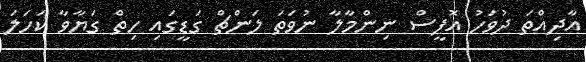
އާދިއްތަ ދުވަހު އޮފީސް ނިންމާލާ ނުވަތަ ލަންޗް ގަޑީގައި ހިތް ގަޔާވާ ކަހަލަ